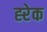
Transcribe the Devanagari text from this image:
ह्‍रेक